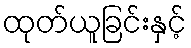
ထုတ်ယူခြင်းနှင့်